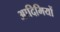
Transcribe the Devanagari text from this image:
आदिमियों